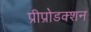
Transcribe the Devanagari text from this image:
प्रीप्रोडक्शन